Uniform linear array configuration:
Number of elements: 4
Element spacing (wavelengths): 0.25
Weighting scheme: hann
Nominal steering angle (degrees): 15
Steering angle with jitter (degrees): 13.46
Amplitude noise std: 0.05
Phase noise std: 0.05

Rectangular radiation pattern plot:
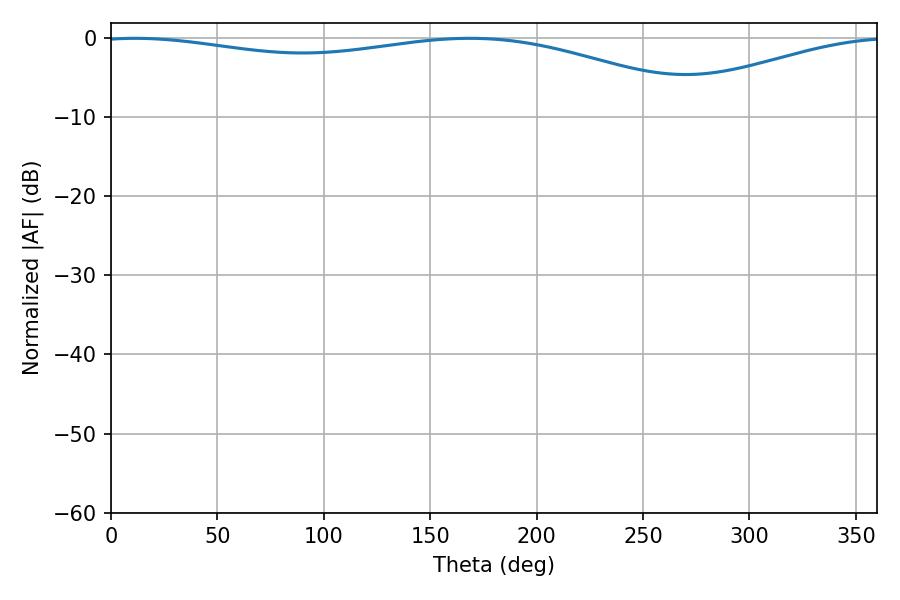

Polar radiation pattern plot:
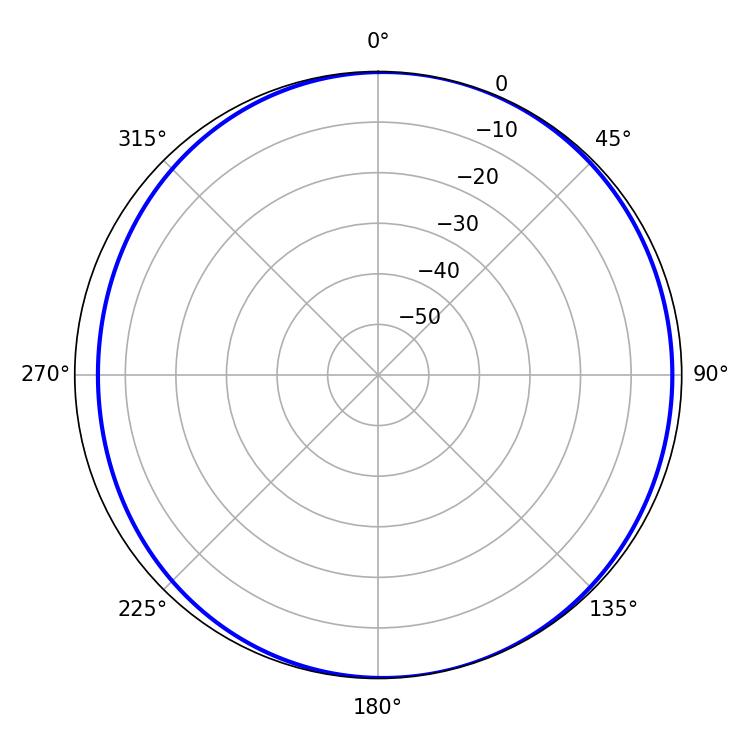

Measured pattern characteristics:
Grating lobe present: FALSE
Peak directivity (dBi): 5.67
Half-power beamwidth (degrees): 233.28
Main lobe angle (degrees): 11.34